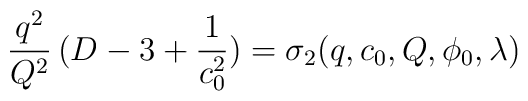
{q^2 \over Q^2}\, (D-3+ {1 \over c_{0}^2})=\sigma_{2}(q,c_{0},Q,\phi_{0},\lambda)